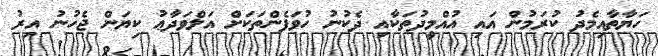
ހަޔާތާއިމެދު ކުރަމުން އައި އުއްމީދުތަކާއި ދެކުނު ހުވަފެންތަކަށް އަލްވަދާޢު ކިޔަން ޖެހުނު އިރު